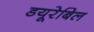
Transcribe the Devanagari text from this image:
डयूरेबिल